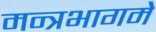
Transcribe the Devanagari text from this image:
मन्त्रभागमे